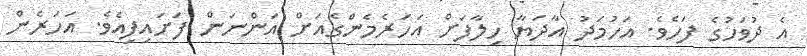
އެ ދުވަހުގެ ފަހެވެ. އަހުމަދު އާދަޔާ ހިލާފަށް އަހަރެމެންގެއަށް އަންނަން ފަށައިފިއެވެ. އަހަރެން